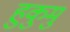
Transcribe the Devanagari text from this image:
हुकुमु